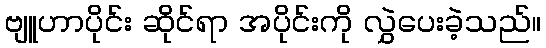
ဗျူဟာပိုင်း ဆိုင်ရာ အပိုင်းကို လွှဲပေးခဲ့သည်။